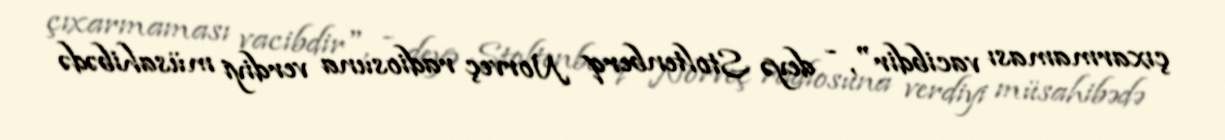
çıxarmaması vacibdir", - deyə Stoltenberq Norveç radiosuna verdiyi müsahibədə